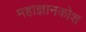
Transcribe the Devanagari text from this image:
महाज्ञानकोश